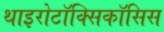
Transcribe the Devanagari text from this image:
थाइरोटॉक्सिकॉसिस